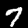
Digit: 7